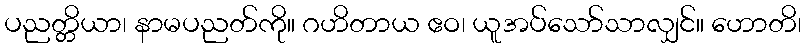
ပညတ္တိယာ၊ နာမပညတ်ကို။ ဂဟိတာယ ဧဝ၊ ယူအပ်သော်သာလျှင်။ ဟောတိ၊